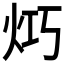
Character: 𤇤